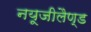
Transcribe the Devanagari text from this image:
नयूजीलैण्ड